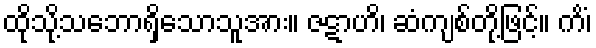
ထိုသို့သဘောရှိသောသူအား။ ဇဋာဟိ၊ ဆံကျစ်တို့ဖြင့်။ ကိံ၊